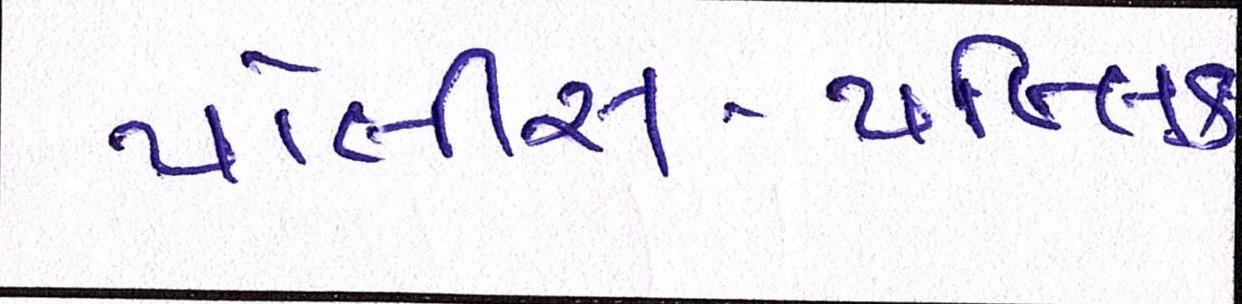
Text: પોલીસ-પબ્લિક